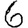
Digit: 6